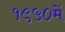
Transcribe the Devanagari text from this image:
१९५०में